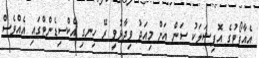
އެއާޕޯޓުގެ އޮފިޝަލަކު ސަން އަށް މިއަދު ވިދާޅުވީ ރޭ ހިނގި އެކްސިޑެންޓްގައި އެއްވެސް